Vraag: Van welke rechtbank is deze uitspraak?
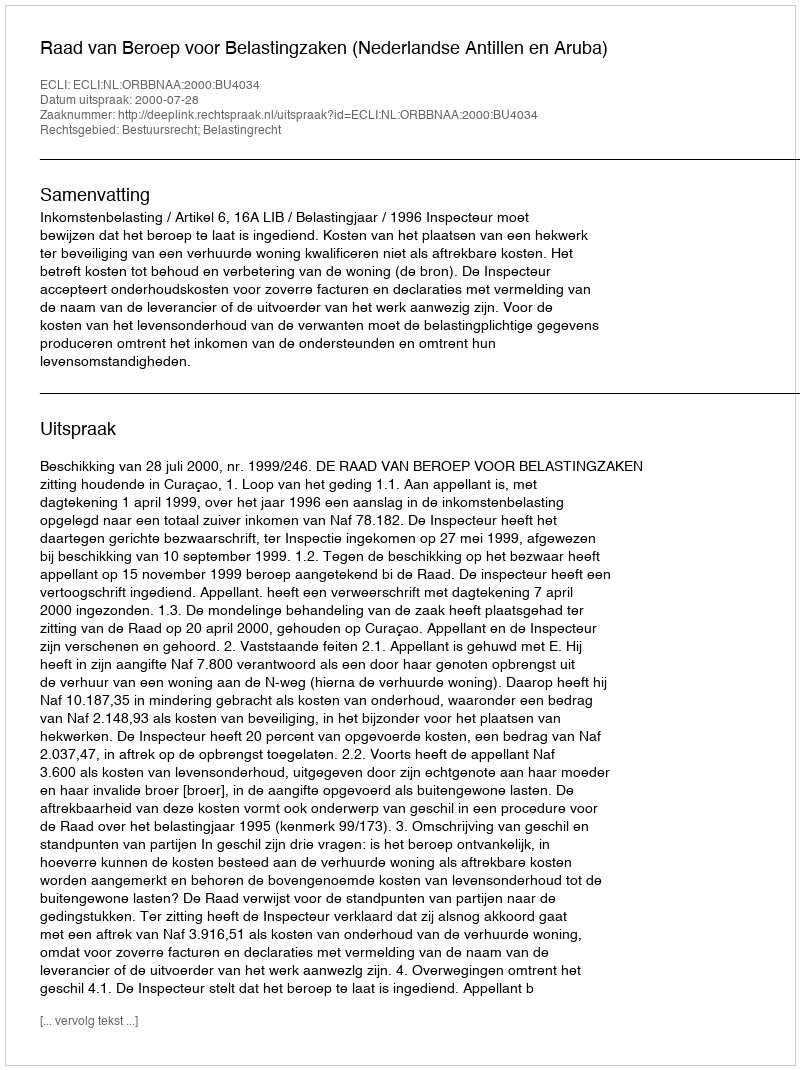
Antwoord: Raad van Beroep voor Belastingzaken (Nederlandse Antillen en Aruba)